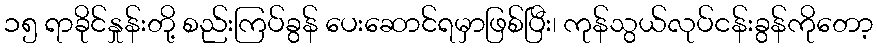
၁၅ ရာခိုင်နှုန်းတို့ စည်းကြပ်ခွန် ပေးဆောင်ရမှာဖြစ်ပြီး၊ ကုန်သွယ်လုပ်ငန်းခွန်ကိုတော့